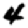
Digit: 4